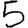
Digit: 5